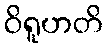
ဝိရူဟတိ